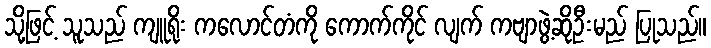
သို့ဖြင့် သူသည် ကျူရိုး ကလောင်တံကို ကောက်ကိုင် လျက် ကဗျာဖွဲ့ဆိုဦးမည် ပြုသည်။